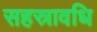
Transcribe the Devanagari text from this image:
सहस्रावधि